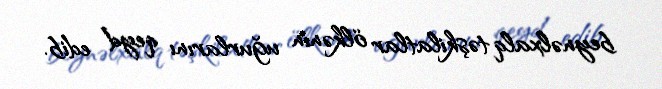
beynəlxalq təşkilatlar ölkənin uğurlarını qeyd edib.